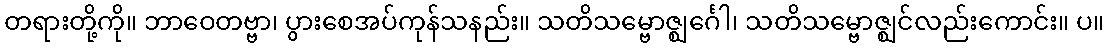
တရားတို့ကို။ ဘာဝေတဗ္ဗာ၊ ပွားစေအပ်ကုန်သနည်း။ သတိသမ္ဗောဇ္ဈင်္ဂေါ၊ သတိသမ္ဗောဇ္ဈင်လည်းကောင်း။ ပ။